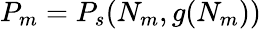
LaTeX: P_{m}=P_{s}(N_{m},g(N_{m}))